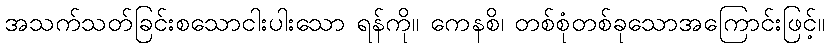
အသက်သတ်ခြင်းစသောငါးပါးသော ရန်ကို။ ကေနစိ၊ တစ်စုံတစ်ခုသောအကြောင်းဖြင့်။